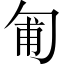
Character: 匍